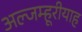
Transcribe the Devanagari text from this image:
अल्जम्हूरीयाह